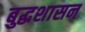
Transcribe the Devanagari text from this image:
बुद्धशासन